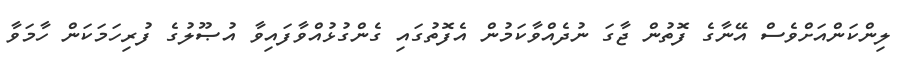
ލިންކަންއަށްވެސް އޭނާގެ ފޮތުން ޖާގަ ނުދެއްވާކަމުން އެފޮތުގައި ގެންގުޅުއްވާފައިވާ އުޞޫލުގެ ފުރިހަމަކަން ހާމަވާ